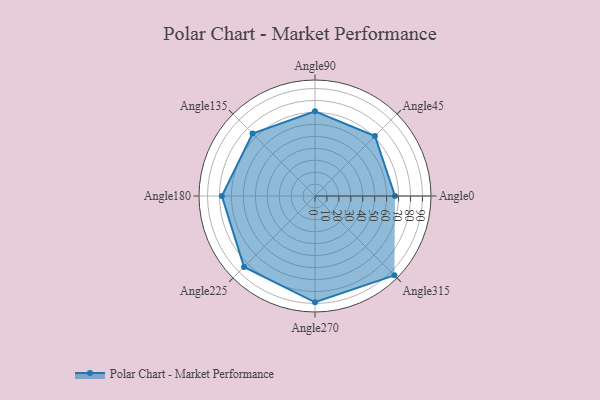
{"axis": {"x": "Angle", "y": "Radius"}, "legend": [""], "data": [{"x": "Angle0", "y": 67.0, "type": ""}, {"x": "Angle45", "y": 71.0, "type": ""}, {"x": "Angle90", "y": 71.0, "type": ""}, {"x": "Angle135", "y": 74.0, "type": ""}, {"x": "Angle180", "y": 78.0, "type": ""}, {"x": "Angle225", "y": 84.0, "type": ""}, {"x": "Angle270", "y": 89.0, "type": ""}, {"x": "Angle315", "y": 94.0, "type": ""}]}